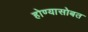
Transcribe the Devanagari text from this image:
होण्यासोबत